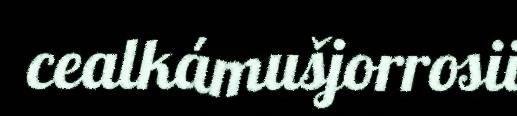
cealkámušjorrosii